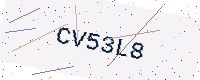
Text: CV53L8